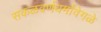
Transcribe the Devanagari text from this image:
सकळवर्णधर्मांवेगळे